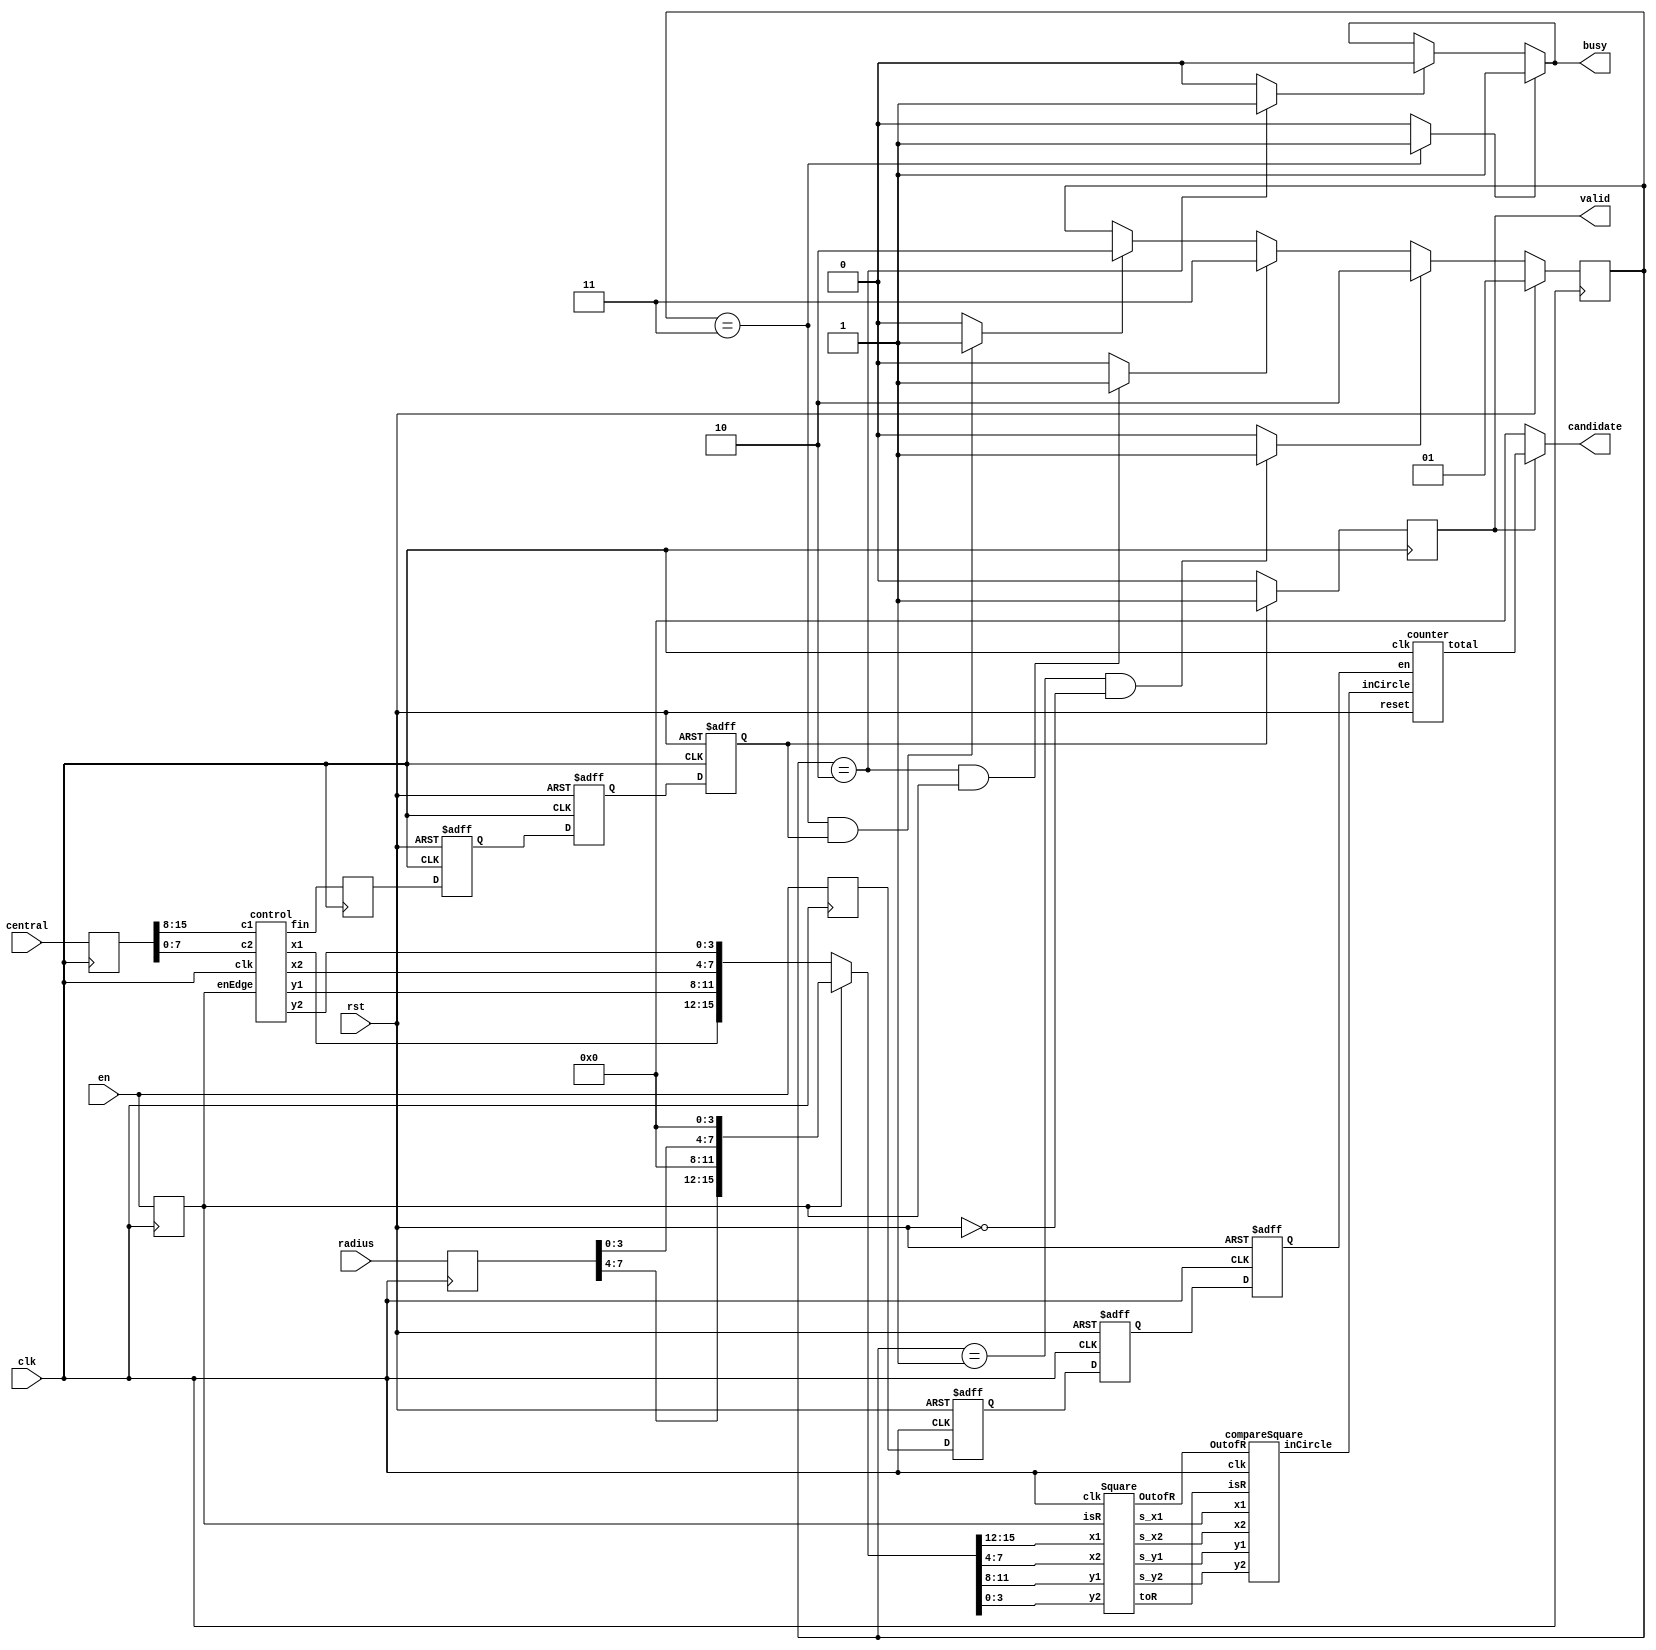
module SET ( clk , rst, en, central, radius, busy, valid, candidate );

input clk, rst;
input en;
input [15:0] central;   // [15:8]: X([15:12]),Y([11:8]) of circle A. [7:0]: X([7:4]),Y([3:0]) of circle B
input [7:0] radius;
output reg busy,valid;
output [3:0] candidate;
//
wire [15:0] sqrInput;      // if en -> square input is R
wire [15:0] dot_dist;
wire [7:0] sqrOutput [0:3]; 
wire toR,OofR,inC;
wire [3:0] _candidate; 
reg [1:0] states,statesN;
reg busyN;
wire fin0;
reg fin [0:3];
reg start [0:3];
reg k [0:1];
reg realEn;
reg [15:0] centralR,centralRN;
reg [7:0] radiusR,radiusRN;
wire stateChange [0:2];
wire busyChange [0:1];

// assign
assign sqrInput = (realEn)?{radiusR[7:4],4'b0,radiusR[3:0],4'b0}:dot_dist;
assign candidate = (valid)?_candidate:4'b0;
assign stateChange[0] = (states==2'b01 & !rst)?1'b1:1'b0;
assign stateChange[1] = (states==2'b10 & realEn)?1'b1:1'b0;
assign stateChange[2] = (states==2'b11 & fin[3])?1'b1:1'b0;
assign busyChange[0] = (states==2'b11)?1'b1:1'b0;
assign busyChange[1] = (states==2'b10)?1'b1:1'b0;
// module
Square sqr(
    .x1(sqrInput[15:12]), .y1(sqrInput[11:8]), .x2(sqrInput[7:4]), .y2(sqrInput[3:0]), 
    .isR(realEn), .s_x1(sqrOutput[0]), .s_x2(sqrOutput[2]), .s_y1(sqrOutput[1]), .s_y2(sqrOutput[3]), .toR(toR), .OutofR(OofR), .clk(clk)
);

compareSquare csq(
    .x1(sqrOutput[0]), .x2(sqrOutput[2]), .y1(sqrOutput[1]), .y2(sqrOutput[3]), .isR(toR), .inCircle(inC), .clk(clk), .OutofR(OofR)
);

counter Counter(
    .inCircle(inC), .clk(clk), .total(_candidate), .reset(rst), .en(start[3])
);

control ctrl(
    .c1(centralR[15:8]), .c2(centralR[7:0]), .enEdge(realEn), .x1(dot_dist[15:12]), .x2(dot_dist[7:4]), .y1(dot_dist[11:8]),
    .y2(dot_dist[3:0]), .clk(clk), .fin(fin0)
);


integer i;
always @(*) begin
    k[0] = fin0;
    k[1] = en;
    centralRN = central;
    radiusRN = radius;
    statesN = states;
    busyN = busy;

end
always @(posedge clk) begin 
    realEn <= k[1];
    centralR <= centralRN;
    radiusR <= radiusRN;
    fin[0] <= k[0];
    start[0] <= k[1];
end
always @(posedge clk or posedge rst) begin
    
    if (rst) begin
        for (i = 1;i<4;i = i+1) begin
            fin[i] <= 1'b0;
            start[i] <= 1'b0;
        end
        // if (fin[3]==1'b1) valid <= 1'b1;
        // else if (states == 2'b11) busy <= 1'b1;
        // else if (states == 2'b10) busy <= 1'b0;
    end
    else begin
        for (i = 1;i<4;i=i+1) begin
            fin[i] <= fin[i-1];
            start[i] <= start[i-1];
        end    
    end
    
end
always @(posedge clk) begin
    if (fin[3]) valid <= 1'b1;
    else valid <= 1'b0;
end

always @(busyChange[0] or busyChange[1]) begin
    if (busyChange[0]) busy <= 1'b1;
    else if (busyChange[1]) busy <= 1'b0;    
    else busy <= busyN;
end
// state

always @(posedge clk) begin
    if (rst) states<=2'b01;
    else if (stateChange[0])   states <= 2'b10;
    else if (stateChange[1])   states <= 2'b11;
    else if (stateChange[2]) states <= 2'b10;
    else states <= statesN;
end

endmodule

module Square(
    x1,
    y1,
    x2,
    y2,
    isR,
    s_x1,
    s_x2,
    s_y1,
    s_y2,
    toR,
    OutofR,
    clk
);
// isR: calculate radius, toR: give radius
// x1: the x dist between new dot and C1_x
// x12: the square of x1
input [3:0] x1,x2,y1,y2;
input isR,clk;
output reg [7:0] s_x1,s_x2,s_y1,s_y2;
output reg toR,OutofR;
reg OutofRNext;
reg [7:0] x12,x22,y12,y22;
reg [3:0] r1,r2,r1Next,r2Next;
reg toRNext;
always @(*) begin
    x12 = x1*x1;
    x22 = x2*x2;
    y12 = y1*y1;
    y22 = y2*y2;
    OutofRNext = 1'b0;
    if ((x1 > r1 || y1 > r1 || x2 > r2 || y2 > r2) &!isR) begin
        x12 = 8'b0;
        x22 = 8'b0;
        y12 = 8'b0;
        y22 = 8'b0;
        OutofRNext = 1'b1;
    end
end
always @(*) begin
    if (isR) begin
        r1Next = x1;
        r2Next = x2;
        toRNext = 1'b1;
    end
    else begin
        r1Next = r1;
        r2Next = r2;
        toRNext = 1'b0;
    end
end
always @(posedge clk) begin
    r1 <= r1Next;
    r2 <= r2Next;
    toR <= toRNext;
    s_x1 <= x12;
    s_x2 <= x22;
    s_y1 <= y12;
    s_y2 <= y22;
    OutofR <= OutofRNext;
end
endmodule

module compareSquare(
    x1,
    x2,
    y1,
    y2,
    isR,
    inCircle,
    clk,
    OutofR
);
// x1: square of dist x between new dot x and C1_x
// isR: input of square of radius from x1, y1
input [7:0] x1, x2, y1, y2;
input isR,OutofR,clk;
output reg inCircle;
reg [7:0] s_r1, s_r2;
reg [7:0] s_r1Next,s_r2Next;
reg inCircleNext;
always @(*) begin
    if (isR) begin
        s_r1Next = x1;
        s_r2Next = x2;
    end
    else begin
        s_r1Next = s_r1;
        s_r2Next = s_r2;
    end 
end
always @(*) begin
    if (OutofR) inCircleNext = 1'b0;
    else if ((x1 + y1) > s_r1 || (x2 + y2) > s_r2) inCircleNext = 1'b0;
    else inCircleNext = 1'b1;
end
always @(posedge clk ) begin
    s_r1 <= s_r1Next;
    s_r2 <= s_r2Next;
    inCircle <= inCircleNext;
end
endmodule

module counter(
    inCircle,
    clk,
    total,
    reset,
    en
);
input reset,inCircle,clk,en;
output reg [3:0] total;
reg [3:0] totalNext;
wire totalChange = reset|en;
always @(posedge clk) begin
    if (totalChange) total <= 4'b0;
    else total <= total + {3'b0,inCircle}; 
end
endmodule
// latch here: c1Next, c2Next, fin
module control(
    c1,
    c2,
    enEdge,
    x1,
    y1,
    x2,
    y2,
    clk,
    fin
);
// input [3:0] left, right, up, down;
input clk, enEdge;
input [7:0] c1, c2;
output reg [3:0] x1,x2,y1,y2;
output reg fin;
// reg [3:0] Eleft, Eright,Eup,Edown;
reg [3:0] xNow, yNow,xNext,yNext;
wire [3:0] x1Next,x2Next,y1Next,y2Next;
reg [7:0] _c1, _c2;
// always @(*) begin
//     if (Eleft > Eright || Edown > Eup)  fin = 1'b1;
//     else if (xNow==Eright && yNow== Eup) fin = 1'b1;
//     else fin = 1'b0;
// end
reg [7:0] c1Next, c2Next;
assign x1Next = (xNow > _c1[7:4])?(xNow - _c1[7:4]):(_c1[7:4] - xNow);
assign x2Next = (xNow > _c2[7:4])?(xNow - _c2[7:4]):(_c2[7:4] - xNow);
assign y1Next = (yNow > _c1[3:0])?(yNow - _c1[3:0]):(_c1[3:0] - yNow);
assign y2Next = (yNow > _c2[3:0])?(yNow - _c2[3:0]):(_c2[3:0] - yNow);
always @(*) begin
    c1Next = _c1;
    c2Next = _c2;
    if(enEdge) begin
    c1Next = c1;
    c2Next = c2;
    xNext = 4'd0;
    yNext = 4'd0;
    fin = 1'b0;
    end
    else if (xNow == 4'd9) begin
        if (yNow == 4'd9) begin
            fin = 1'b1;
            xNext = 4'b0;
            yNext = 4'b0;
        end
        else begin
            fin = 1'b0;
            xNext = 4'b0;
            yNext = yNow + 1;  
        end
    end
    else begin
        fin = 1'b0;
        xNext = xNow + 1;
        yNext = yNow;
    end
 

end
always @( posedge clk ) begin
        xNow <= xNext;
        yNow <= yNext;
        _c1 <= c1Next;
        _c2 <= c2Next;
        x1 <= x1Next;
        y1 <= y1Next;
        x2 <= x2Next;
        y2 <= y2Next;

end
endmodule